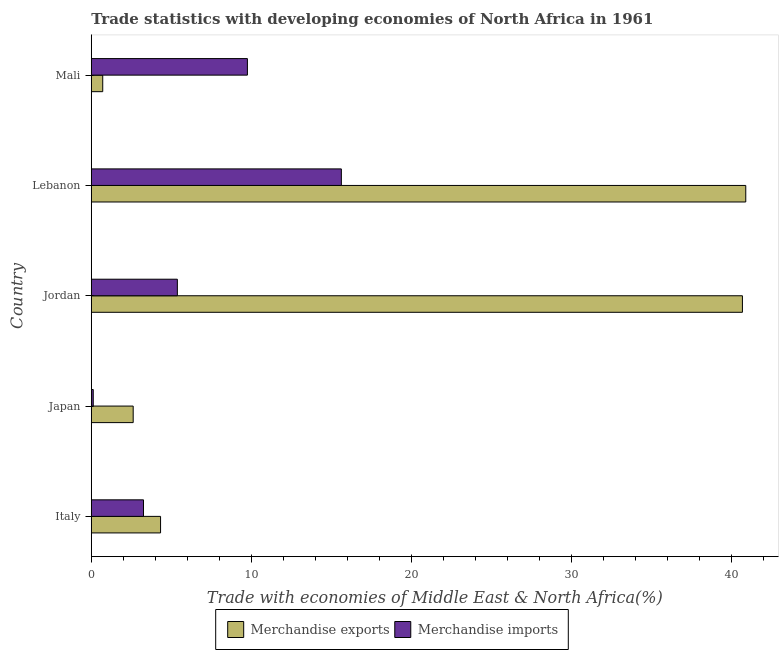
| Country | Merchandise exports | Merchandise imports |
 | --- | --- | --- |
 | Italy | 4.33 | 3.26 |
 | Japan | 2.62 | 0.122 |
 | Jordan | 40.7 | 5.38 |
 | Lebanon | 40.9 | 15.6 |
 | Mali | 0.714 | 9.75 |